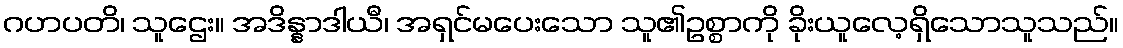
ဂဟပတိ၊ သူဌေး။ အဒိန္နာဒါယီ၊ အရှင်မပေးသော သူ၏ဥစ္စာကို ခိုးယူလေ့ရှိသောသူသည်။